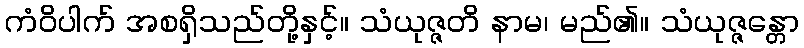
ကံဝိပါက် အစရှိသည်တို့နှင့်။ သံယုဇ္ဇတိ နာမ၊ မည်၏။ သံယုဇ္ဇန္တော